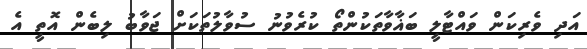
އަދި ވެރިކަން ވައްޓާލީ ބަޣާވާތަކުންތޯ ކުރެވުނު ސުވާލުތަކަށް ޖަވާބު ލިބެން އޮތީ އެ